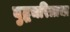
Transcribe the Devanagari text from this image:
बुद्धचरित्राचा